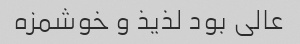
عالی بود لذیذ و خوشمزه